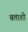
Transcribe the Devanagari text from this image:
बत्ताशी